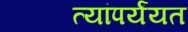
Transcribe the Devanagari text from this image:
त्यांपर्यंयत